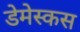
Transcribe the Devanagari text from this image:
डेमेस्कस